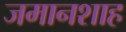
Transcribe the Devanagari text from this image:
जमानशाह